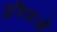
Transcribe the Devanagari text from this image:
गुडियाओं